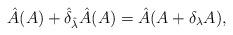
LaTeX: \begin{align*}\hat{A} (A) + \hat{\delta}_{\hat{\lambda}} \hat{A} (A)= \hat{A} ( A + \delta_\lambda A ),\end{align*}